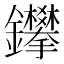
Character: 鑻